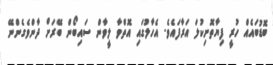
ބޮޑުބައެއް ހުރީ ފިޔާތޮށިކުލަ އަރާފައެވެ. އެހާލުގައި އޮތްވާ ލީވާން ސައިބޯން ބޭރަށް ދާންވެގެންނޭ